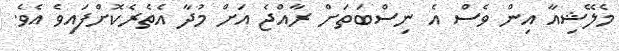
މެލޭޝިއާ އިން ވެސް އެ ނިސްބަތަށް ރާއްޖެ އަށް މުދާ އެތެރެކޮށްފައިވެ އެވެ.